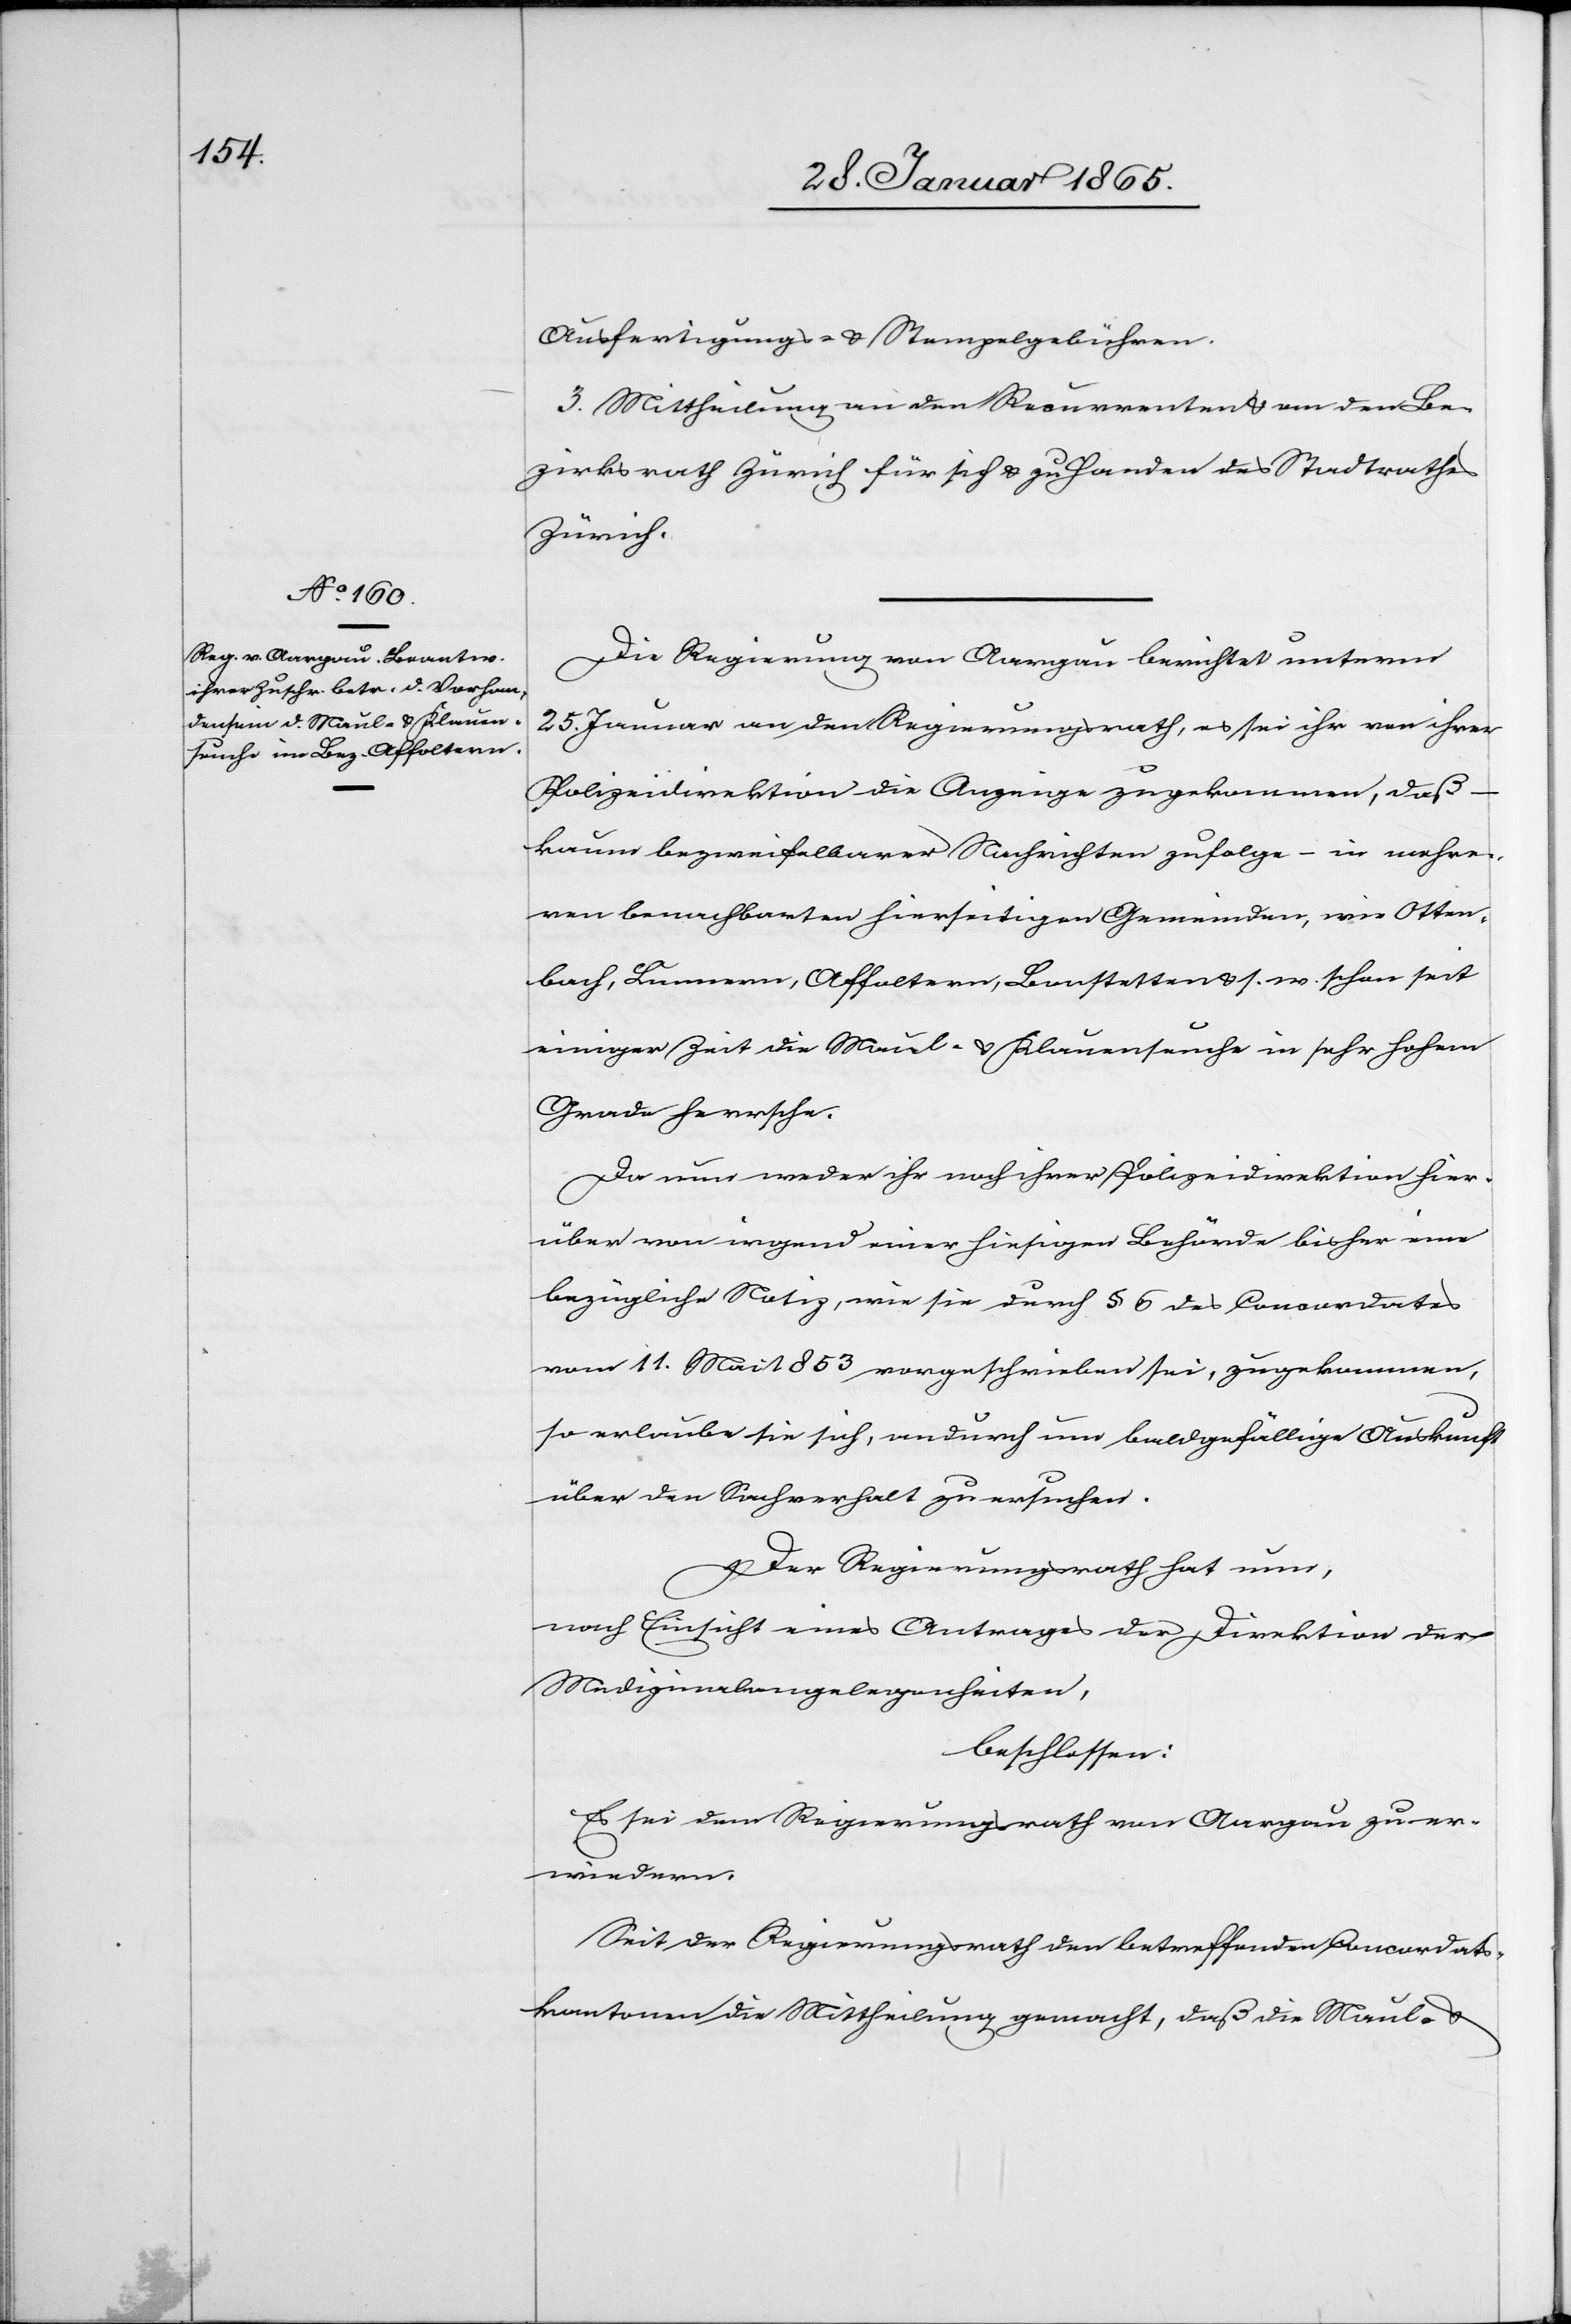
Ausfertigungs- u. Stempelgebühren.
3. Mittheilung an den Recurrenten u. an den Be¬
zirksrath Zürich für sich u. zu Handen des Stadtrathes
Zürich.
Die Regierung von Aargau berichtet unterm
25. Januar an den Regierungsrath, es sei ihr von ihrer
Polizeidirektion die Anzeige zugekommen, daß
kaum bezweifelbarer Nachrichten zufolge – in mehre¬
ren benachbarten hierseitigen Gemeinden, wie Otten¬
bach, Lunnern, Affoltern, Bonstetten u. s. w. schon seit
einiger Zeit die Maul- u. Klauenseuche in sehr hohem
Grade herrsche.
Da nun weder ihr noch ihrer Polizeidirektion hier¬
über von irgend einer hiesigen Behörde bisher eine
bezügliche Notiz, wie sie durch § 6 des Concordates
vom 11. Mai 1853 vorgeschrieben sei, zugekommen,
so erlaube sie sich, andurch um baldgefällige Auskunft
über den Sachverhalt zu ersuchen.
Der Regierungsrath hat nun,
nach Einsicht eines Antrages der Direktion der
Medizinalangelegenheiten,
beschlossen:
es sei dem Regierungsrath von Aargau zu er¬
wiedern:
Seit der Regierungsrath den betreffenden Concordats¬
kantonen die Mittheilung gemacht, daß die Maul- u.